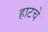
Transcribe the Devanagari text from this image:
हाटचे